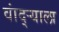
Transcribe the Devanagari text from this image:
वांद्‌ऱ्याला